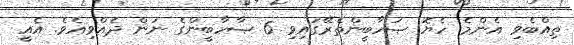
ތިއްބެވި އެންމެ ހެޔޮ ޞަހާބީންތެރޭގައިވި 6 ޞާހާބީންގެ ނަން ދެއްވިއެވެ. އެއީ